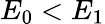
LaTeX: E_{0}<E_{1}